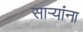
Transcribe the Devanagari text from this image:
सार्‍यांना